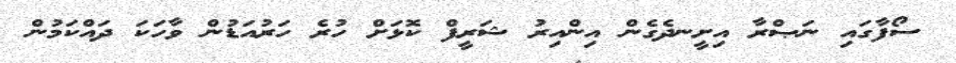
ސޯފާގައި ނަޞްރާ އިށީނދެގެން އިންއިރު ޝަރީފް ކޮޅަށް ހުރެ ހަރުއަޑުން ވާހަކަ ދައްކަމުން